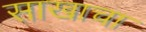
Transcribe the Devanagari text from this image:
साखाचा